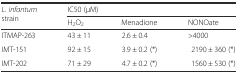
<table><thead><tr><td rowspan="2"><b><i>L. infantum</i> strain</b></td><td colspan="3"><b>IC50 (μM)</b></td></tr><tr><td><b>H<sub>2</sub>O<sub>2</sub></b></td><td><b>Menadione</b></td><td><b>NONOate</b></td></tr></thead><tbody><tr><td>ITMAP-263</td><td>43 ± 11</td><td>2.6 ± 0.4</td><td>&gt;4000</td></tr><tr><td>IMT-151</td><td>92 ± 15</td><td>3.9 ± 0.2 (*)</td><td>2190 ± 360 (*)</td></tr><tr><td>IMT-202</td><td>71 ± 29</td><td>4.7 ± 0.2 (*)</td><td>1560 ± 530 (*)</td></tr></tbody></table>